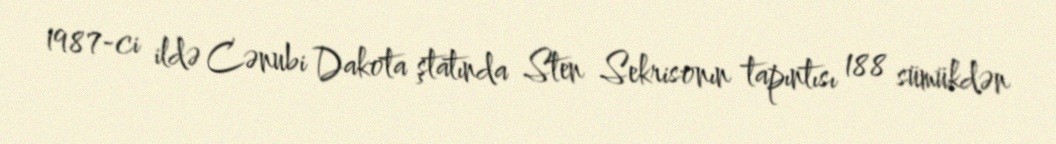
1987-ci ildə Cənubi Dakota ştatında Sten Sekrisonın tapıntısı 188 sümükdən